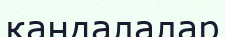
қандалалар